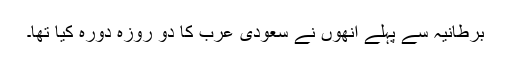
برطانیہ سے پہلے انھوں نے سعودی عرب کا دو روزہ دورہ کیا تھا۔